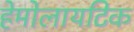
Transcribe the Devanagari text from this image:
हेमोलायटिक